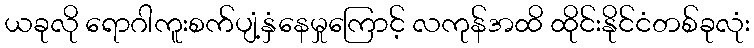
ယခုလို ရောဂါကူးစက်ပျံ့နှံနေမှုကြောင့် လကုန်အထိ ထိုင်းနိုင်ငံတစ်ခုလုံး